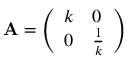
\mathbf { A } = { \left( \begin{array} { l l } { k } & { 0 } \\ { 0 } & { { \frac { 1 } { k } } } \end{array} \right) }